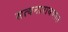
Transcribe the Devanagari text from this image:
सत्यनारायणात